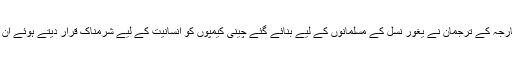
گذشتہ ماہ ترکی کے دفتر خارجہ کے ترجمان نے یغور نسل کے مسلمانوں کے لیے بنائے گئے چینی کیمپوں کو انسانیت کے لیے شرمناک قرار دیتے ہوئے ان کی بندش کا مطالبہ کیا تھا ۔